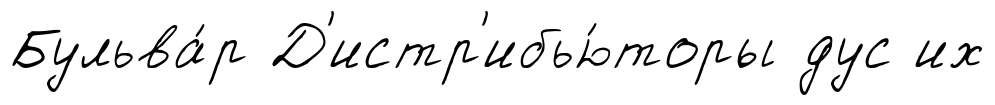
Бульва́р Д'истр'ибью́торы дус их